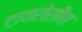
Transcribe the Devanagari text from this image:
टायरोसीन